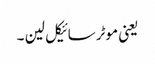
یعنی موٹرسائیکل لین ۔